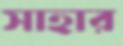
সাহার